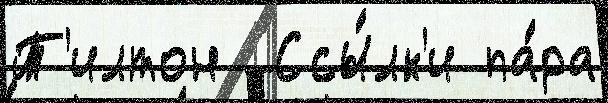
Т'илтон  Ссы́лк'и па́ра